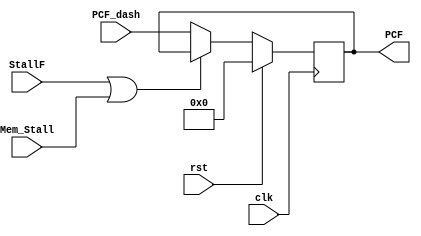
module ff_F_dash2F (clk, rst, StallF, PCF_dash, PCF, Mem_Stall);
    //Input and Output Declaration
    input clk, rst, StallF, Mem_Stall;
    input [31:0] PCF_dash;
    output reg [31:0] PCF;

    //Code
    always @(posedge clk) begin
        if (rst == 1'b1) begin
            PCF <= 32'h0000_0000;
        end
        else begin
            if (StallF == 1'b1 || Mem_Stall == 1'b1) begin
                PCF <= PCF;
            end
            else begin
                PCF <= PCF_dash;
            end
        end
    end
endmodule